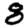
Digit: 8